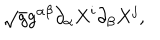
LaTeX: \sqrt { g } g ^ { \alpha \beta } \partial _ { \alpha } X ^ { i } \partial _ { \beta } X ^ { j } ,